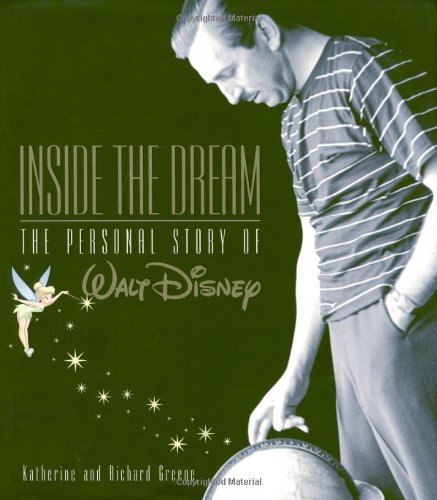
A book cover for Inside the Dream (Disney Editions Deluxe); Katherine & Richard Greene; Teen & Young Adult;